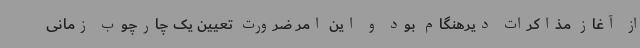
از آغاز مذاکرات دیرهنگام بود و این امر ضرورت تعیین یک چارچوب زمانی